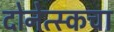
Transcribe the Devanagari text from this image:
दोनेत्स्कचा